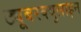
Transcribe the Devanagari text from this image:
ट्यूबरक्युलाइन